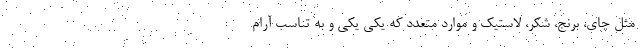
مثل چای، برنج، شکر، لاستیک و موارد متعدد که یکی یکی و به تناسب آرام